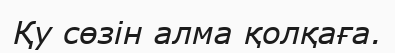
Қу сөзін алма қолқаға.